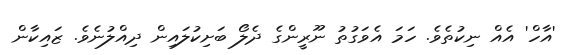
'އާހް' އެއް ނިކުތެވެ. ހަމަ އެވަގުތު ނޫރީންގެ ދެލޯ ބަށިކުލައިން ދިއްލުނެވެ. ޒައިކާން